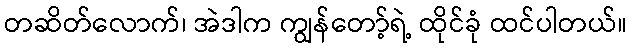
တဆိတ်လောက်၊ အဲဒါက ကျွန်တော့်ရဲ့ ထိုင်ခုံ ထင်ပါတယ်။